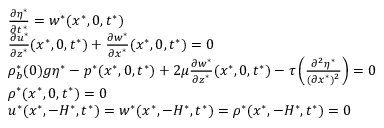
\begin{array} { r l } & { \frac { \partial \eta ^ { * } } { \partial t ^ { * } } = w ^ { * } ( x ^ { * } , 0 , t ^ { * } ) } \\ & { \frac { \partial u ^ { * } } { \partial z ^ { * } } ( x ^ { * } , 0 , t ^ { * } ) + \frac { \partial w ^ { * } } { \partial x ^ { * } } ( x ^ { * } , 0 , t ^ { * } ) = 0 } \\ & { \rho _ { b } ^ { * } ( 0 ) g \eta ^ { * } - p ^ { * } ( x ^ { * } , 0 , t ^ { * } ) + 2 \mu \frac { \partial w ^ { * } } { \partial z ^ { * } } ( x ^ { * } , 0 , t ^ { * } ) - \tau \left( \frac { \partial ^ { 2 } \eta ^ { * } } { ( \partial x ^ { * } ) ^ { 2 } } \right) = 0 } \\ & { \rho ^ { * } ( x ^ { * } , 0 , t ^ { * } ) = 0 } \\ & { u ^ { * } ( x ^ { * } , - H ^ { * } , t ^ { * } ) = w ^ { * } ( x ^ { * } , - H ^ { * } , t ^ { * } ) = \rho ^ { * } ( x ^ { * } , - H ^ { * } , t ^ { * } ) = 0 } \end{array}